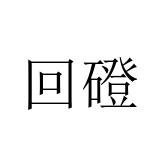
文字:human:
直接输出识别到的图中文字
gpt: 回磴